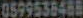
0599538488